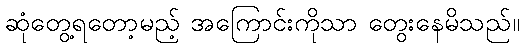
ဆုံတွေ့ရတော့မည့် အကြောင်းကိုသာ တွေးနေမိသည်။